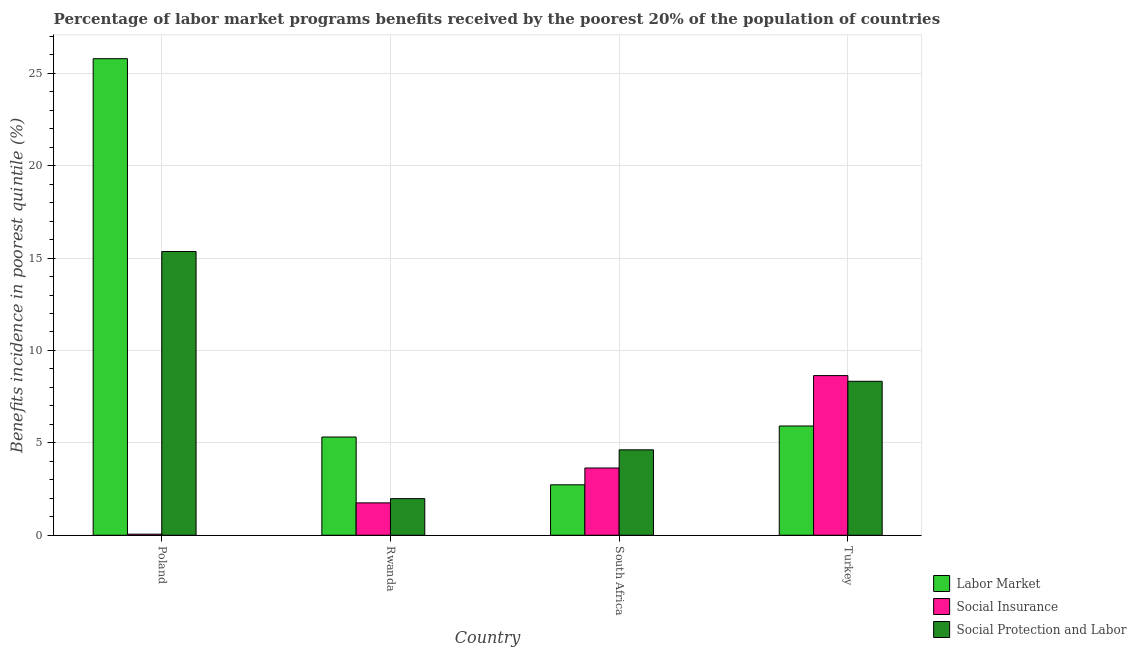
| Country | Labor Market | Social Insurance | Social Protection and Labor |
 | --- | --- | --- | --- |
 | Poland | 25.8 | 0.0581 | 15.4 |
 | Rwanda | 5.32 | 1.75 | 1.98 |
 | South Africa | 2.73 | 3.64 | 4.62 |
 | Turkey | 5.91 | 8.64 | 8.33 |